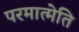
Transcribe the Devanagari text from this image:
परमात्मेति